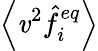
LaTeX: \left\langle\mathit{v}^{2}\hat{{f}}_{i}^{eq}\right\rangle